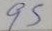
95